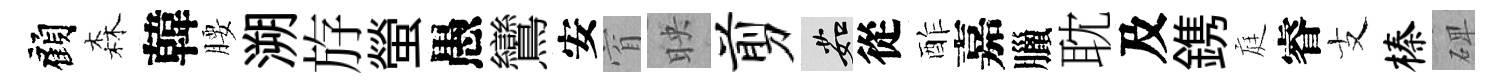
顧森韓腰溯斿螢愚鸞安窅映剪茹從酢嘉臘耽及鎸庭睿支榛𥓓